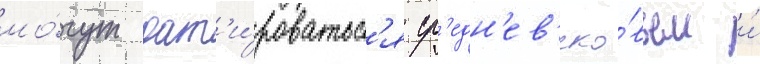
мо́гут дат'и́роватьс'я ср'едн'ев'еко́вьем и́